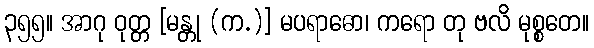
၃၅၅။ အာဂု ဝုတ္တ [မန္တု (က.)] မပရာဓော၊ ကရော တု ဗလိ မုစ္စတေ။